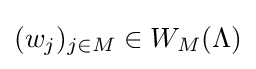
(w_{j})_{j\in M}\in W_{M}(\Lambda )